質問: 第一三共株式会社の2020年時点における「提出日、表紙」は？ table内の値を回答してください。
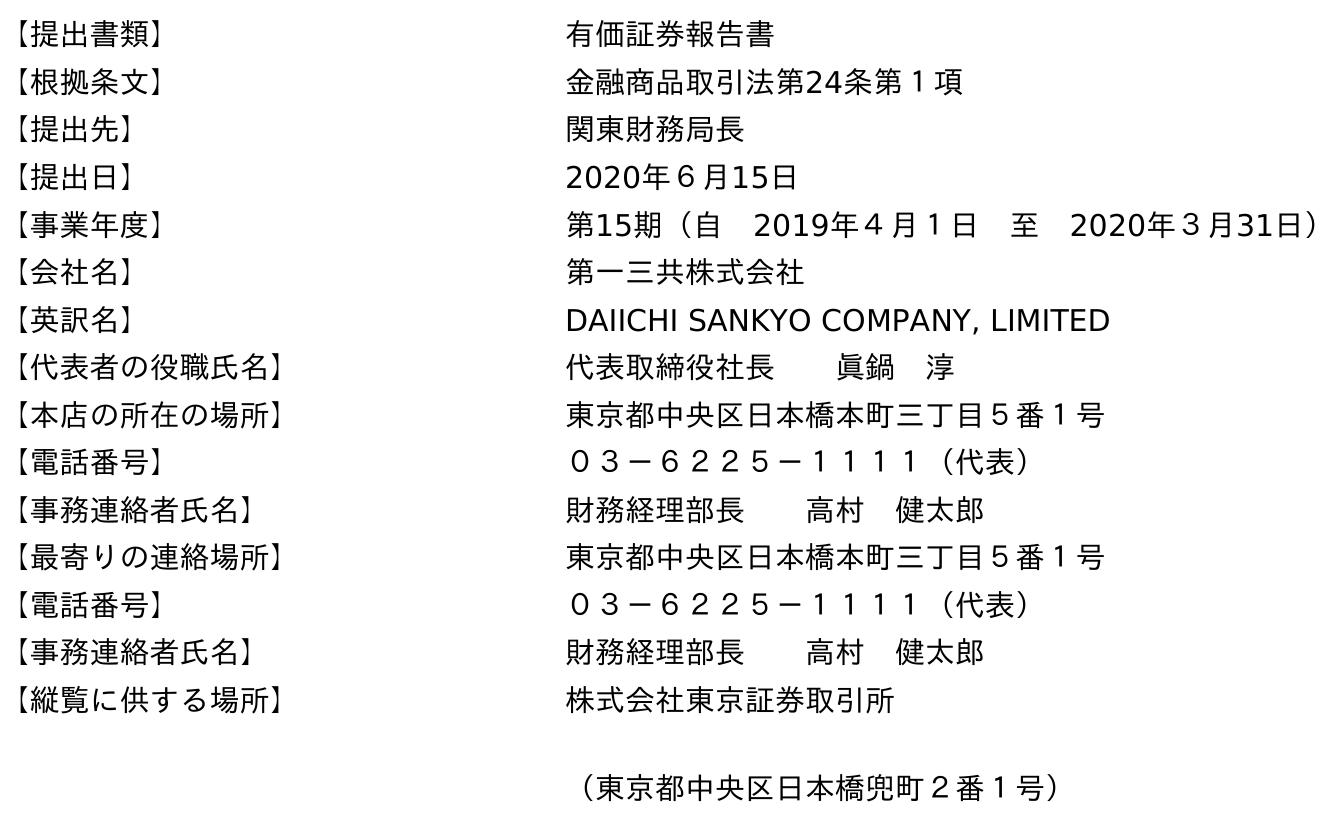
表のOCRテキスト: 【提出書類】 有価証券報告書 【根拠条文】 金融商品取引法第24条第１項 【提出先】 関東財務局長 【提出日】 2020年６月15日 【事業年度】 第15期（自 2019年４月１日 至 2020年３月31日） 【会社名】 第一三共株式会社 【英訳名】 DAIICHI SANKYO COMPANY, LIMITED 【代表者の役職氏名】 代表取締役社長  眞鍋 淳 【本店の所在の場所】 東京都中央区日本橋本町三丁目５番１号 【電話番号】 ０３－６２２５－１１１１（代表） 【事務連絡者氏名】 財務経理部長  高村 健太郎 【最寄りの連絡場所】 東京都中央区日本橋本町三丁目５番１号 【電話番号】 ０３－６２２５－１１１１（代表） 【事務連絡者氏名】 財務経理部長  高村 健太郎 【縦覧に供する場所】 株式会社東京証券取引所 （東京都中央区日本橋兜町２番１号）
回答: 2020年６月15日